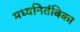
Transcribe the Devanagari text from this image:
मध्यनितंबिका